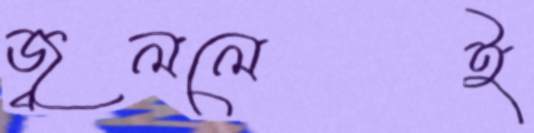
জ্বললেই